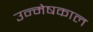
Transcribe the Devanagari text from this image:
उन्मेषकाल